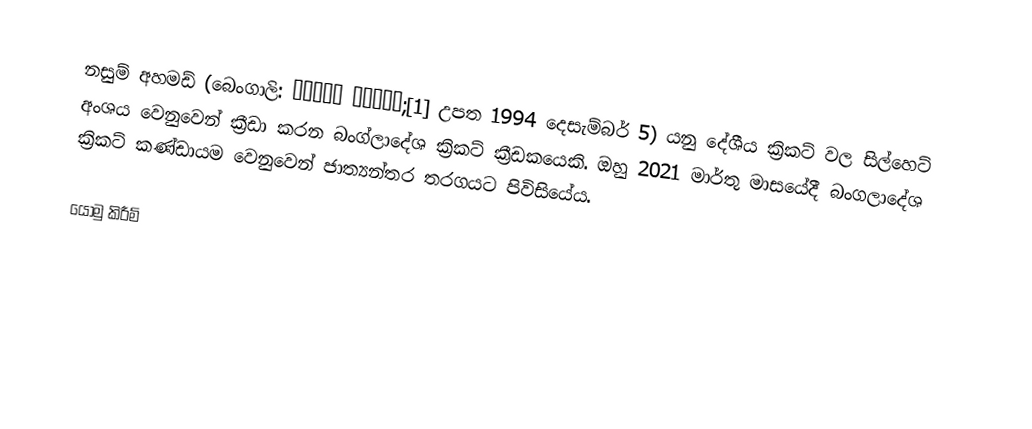
නසුම් අහමඩ් (බෙංගාලි: নাসুম আহমেদ;[1] උපත 1994 දෙසැම්බර් 5) යනු දේශීය ක්‍රිකට් වල සිල්හෙට් අංශය වෙනුවෙන් ක්‍රීඩා කරන බංග්ලාදේශ ක්‍රිකට් ක්‍රීඩකයෙකි. ඔහු 2021 මාර්තු මාසයේදී බංගලාදේශ ක්‍රිකට් කණ්ඩායම වෙනුවෙන් ජාත්‍යන්තර තරගයට පිවිසියේය.

යොමු කිරීම්